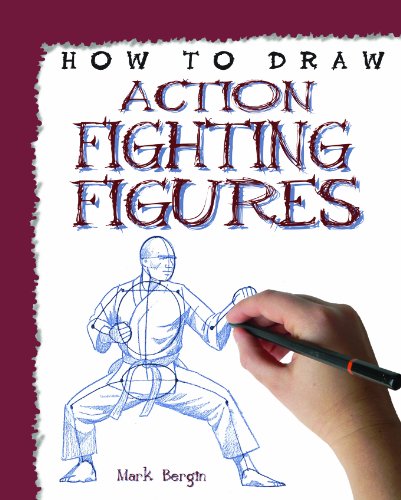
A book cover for Action Fighting Figures (How to Draw); Mark Bergin; Arts & Photography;